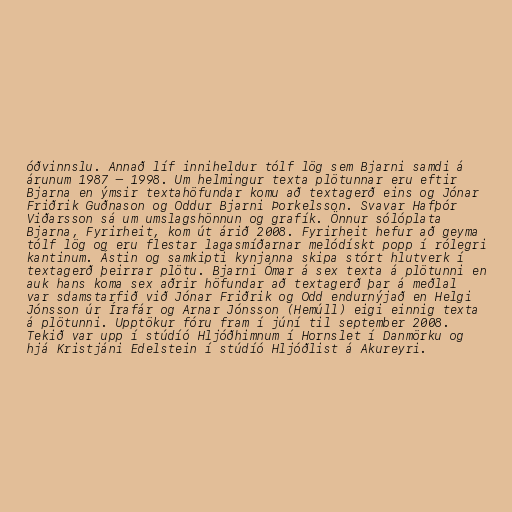
óðvinnslu. Annað líf inniheldur tólf lög sem Bjarni samdi á
árunum 1987 – 1998. Um helmingur texta plötunnar eru eftir
Bjarna en ýmsir textahöfundar komu að textagerð eins og Jónar
Friðrik Guðnason og Oddur Bjarni Þorkelsson. Svavar Hafþór
Viðarsson sá um umslagshönnun og grafík. Önnur sólóplata
Bjarna, Fyrirheit, kom út árið 2008. Fyrirheit hefur að geyma
tólf lög og eru flestar lagasmíðarnar melódískt popp í rólegri
kantinum. Ástin og samkipti kynjanna skipa stórt hlutverk í
textagerð þeirrar plötu. Bjarni Ómar á sex texta á plötunni en
auk hans koma sex aðrir höfundar að textagerð þar á meðlal
var sdamstarfið við Jónar Friðrik og Odd endurnýjað en Helgi
Jónsson úr Írafár og Arnar Jónsson (Hemúll) eigi einnig texta
á plötunni. Upptökur fóru fram í júní til september 2008.
Tekið var upp í stúdíó Hljóðhimnum í Hornslet í Danmörku og
hjá Kristjáni Edelstein í stúdíó Hljóðlist á Akureyri.